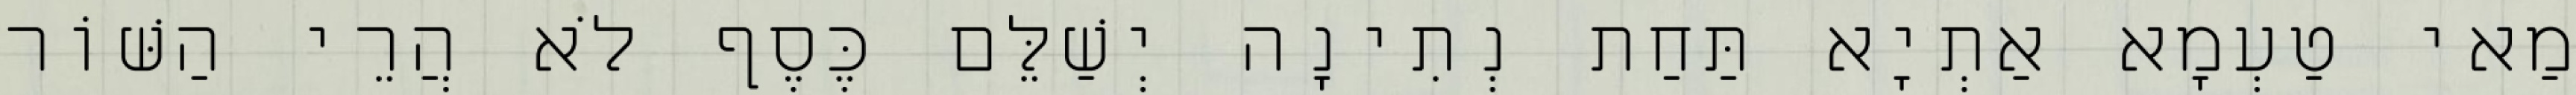
מַאי טַעְמָא אַתְיָא תַּחַת נְתִינָה יְשַׁלֵּם כֶּסֶף לֹא הֲרֵי הַשּׁוֹר